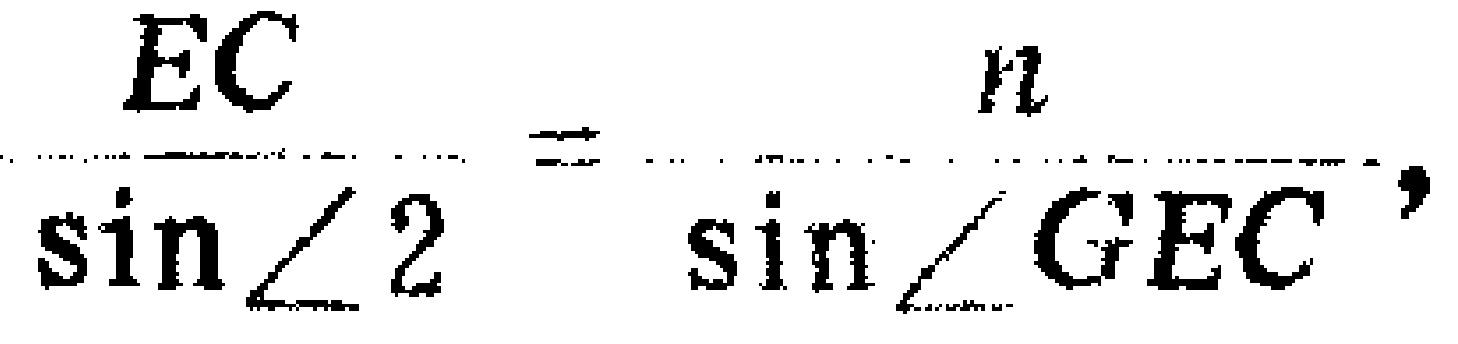
\[\frac{EC}{\sin\angle 2}=\frac{n}{\sin\angle GEC},\]